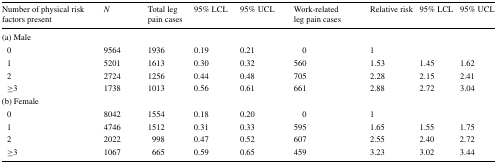
<table><thead><tr><td><b>Number of physical risk factors present</b></td><td><b><i>N</i></b></td><td><b>Total leg pain cases</b></td><td><b>95% LCL</b></td><td><b>95% UCL</b></td><td><b>Work-related leg pain cases</b></td><td><b>Relative risk</b></td><td><b>95% LCL</b></td><td><b>95% UCL</b></td></tr></thead><tbody><tr><td colspan="9">(a) Male</td></tr><tr><td> 0</td><td>9564</td><td>1936</td><td>0.19</td><td>0.21</td><td>0</td><td>1</td><td></td><td></td></tr><tr><td> 1</td><td>5201</td><td>1613</td><td>0.30</td><td>0.32</td><td>560</td><td>1.53</td><td>1.45</td><td>1.62</td></tr><tr><td> 2</td><td>2724</td><td>1256</td><td>0.44</td><td>0.48</td><td>705</td><td>2.28</td><td>2.15</td><td>2.41</td></tr><tr><td> ≥3</td><td>1738</td><td>1013</td><td>0.56</td><td>0.61</td><td>661</td><td>2.88</td><td>2.72</td><td>3.04</td></tr><tr><td colspan="9">(b) Female</td></tr><tr><td> 0</td><td>8042</td><td>1554</td><td>0.18</td><td>0.20</td><td>0</td><td>1</td><td></td><td></td></tr><tr><td> 1</td><td>4746</td><td>1512</td><td>0.31</td><td>0.33</td><td>595</td><td>1.65</td><td>1.55</td><td>1.75</td></tr><tr><td> 2</td><td>2022</td><td>998</td><td>0.47</td><td>0.52</td><td>607</td><td>2.55</td><td>2.40</td><td>2.72</td></tr><tr><td> ≥3</td><td>1067</td><td>665</td><td>0.59</td><td>0.65</td><td>459</td><td>3.23</td><td>3.02</td><td>3.44</td></tr></tbody></table>